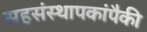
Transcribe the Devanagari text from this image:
सहसंस्थापकांपैकी